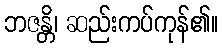
ဘဇန္တိ၊ ဆည်းကပ်ကုန်၏။